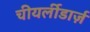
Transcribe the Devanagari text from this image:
चीयर्लीडार्ज़